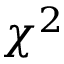
\chi ^ { 2 }